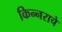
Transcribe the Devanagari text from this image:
किन्नराचे